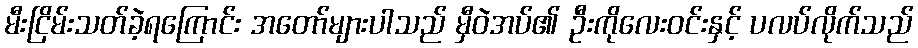
မီးငြိမ်းသတ်ခဲ့ရကြောင်း အတော်များပါသည် မှီဝဲအပ်၏ ဦးကိုလေးဝင်းနှင့် ပလပ်လိုက်သည်